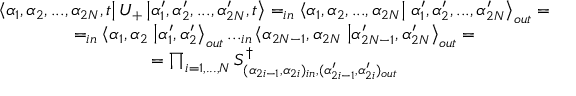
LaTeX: \begin{array} { c } { { \displaystyle \left\langle \alpha _ { 1 } , \alpha _ { 2 } , . . . , \alpha _ { 2 N } , t \right| U _ { + } \left| \alpha _ { 1 } ^ { \prime } , \alpha _ { 2 } ^ { \prime } , . . . , \alpha _ { 2 N } ^ { \prime } , t \right\rangle = _ { i n } \left\langle \alpha _ { 1 } , \alpha _ { 2 } , . . . , \alpha _ { 2 N } \right| \left. \alpha _ { 1 } ^ { \prime } , \alpha _ { 2 } ^ { \prime } , . . . , \alpha _ { 2 N } ^ { \prime } \right\rangle _ { o u t } = } } \\ { { = _ { i n } \left\langle \alpha _ { 1 } , \alpha _ { 2 } \right. \left| \alpha _ { 1 } ^ { \prime } , \alpha _ { 2 } ^ { \prime } \right\rangle _ { o u t } . . . _ { i n } \left\langle \alpha _ { 2 N - 1 } , \alpha _ { 2 N } \right. \left| \alpha _ { 2 N - 1 } ^ { \prime } , \alpha _ { 2 N } ^ { \prime } \right\rangle _ { o u t } = } } \\ { { = \prod _ { i = 1 , . . . , N } S _ { ( \alpha _ { 2 i - 1 } , \alpha _ { 2 i } ) _ { i n } , ( \alpha _ { 2 i - 1 } ^ { \prime } , \alpha _ { 2 i } ^ { \prime } ) _ { o u t } } ^ { \dagger } } } \end{array}